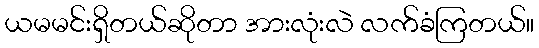
ယမမင်းရှိတယ်ဆိုတာ အားလုံးလဲ လက်ခံကြတယ်။